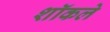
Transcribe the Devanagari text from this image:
शॉकले